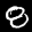
Label: 8